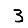
Digit: 3